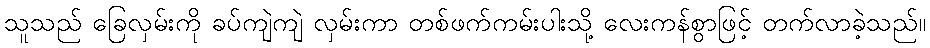
သူသည် ခြေလှမ်းကို ခပ်ကျဲကျဲ လှမ်းကာ တစ်ဖက်ကမ်းပါးသို့ လေးကန်စွာဖြင့် တက်လာခဲ့သည်။